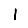
Digit: 1